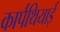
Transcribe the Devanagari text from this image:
कार्पथियाई